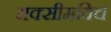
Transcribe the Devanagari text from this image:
मक्सीमविच